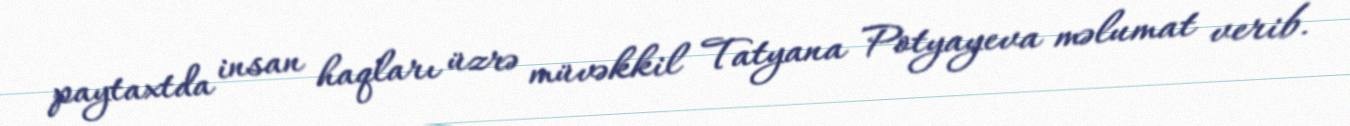
paytaxtda insan haqları üzrə müvəkkil Tatyana Potyayeva məlumat verib.